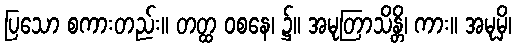
ပြသော စကားတည်း။ တတ္ထ ဝစနေ၊ ၌။ အမုတြာသိန္တိ၊ ကား။ အမုမှိ၊